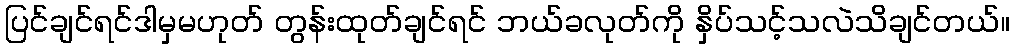
ပြင်ချင်ရင်ဒါမှမဟုတ် တွန်းထုတ်ချင်ရင် ဘယ်ခလုတ်ကို နှိပ်သင့်သလဲသိချင်တယ်။